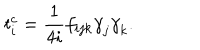
t _ { i } ^ { c } = \frac { 1 } { 4 i } f _ { i j k } { { \gamma } } _ { j } { { \gamma } } _ { k } .